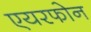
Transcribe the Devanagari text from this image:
एयरफोन